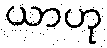
ယာဟု